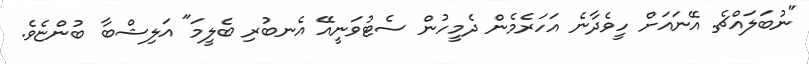
"ނުބަލައްޗެ. އޭނައަށް ހީވެދާނެ އަހަރެމެން ދެމީހުން ސެޓުވަނީއޭ އެނބުރި ބެލީމަ" އަލިޝްބާ ބުންޏެވެ.